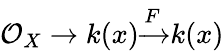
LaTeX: {\mathcal{O}}_{X}\to k(x){\xrightarrow{\overset{}{F}}}k(x)